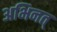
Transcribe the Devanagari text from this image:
अभिनत्